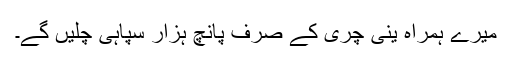
میرے ہمراہ ینی چری کے صرف پانچ ہزار سپاہی چلیں گے۔